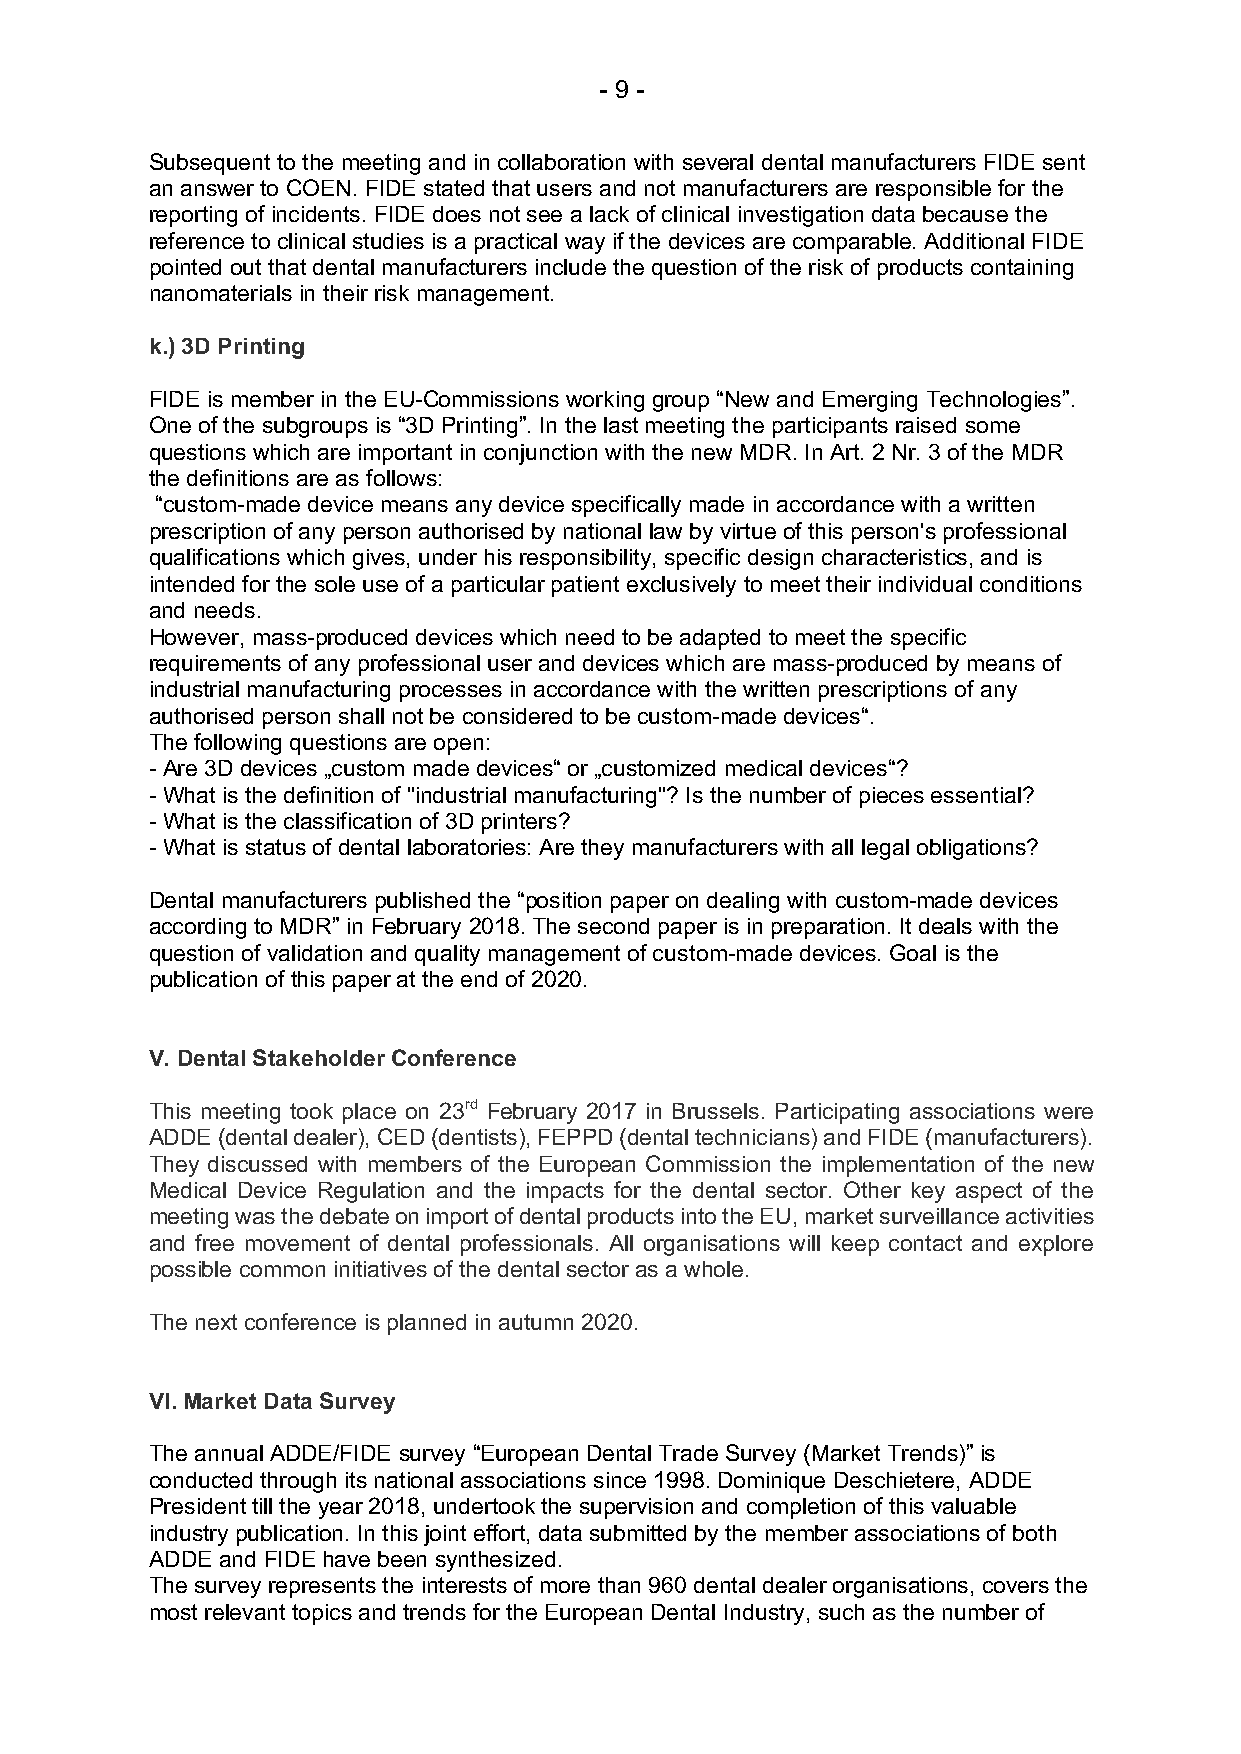
- 9 -
 Subsequent to the meeting and in collaboration with several dental manufacturers FIDE sent
 an answer to COEN. FIDE stated that users and not manufacturers are responsible for the
 reporting of incidents. FIDE does not see a lack of clinical investigation data because the
 reference to clinical studies is a practical way if the devices are comparable. Additional FIDE
 pointed out that dental manufacturers include the question of the risk of products containing
 nanomaterials in their risk management.
 k.) 3D Printing
 FIDE is member in the EU-Commissions working group “New and Emerging Technologies”.
 One of the subgroups is “3D Printing”. In the last meeting the participants raised some
 questions which are important in conjunction with the new MDR. In Art. 2 Nr. 3 of the MDR
 the definitions are as follows:
 “custom-made device means any device specifically made in accordance with a written
 prescription of any person authorised by national law by virtue of this person's professional
 qualifications which gives, under his responsibility, specific design characteristics, and is
 intended for the sole use of a particular patient exclusively to meet their individual conditions
 and needs.
 However, mass-produced devices which need to be adapted to meet the specific
 requirements of any professional user and devices which are mass-produced by means of
 industrial manufacturing processes in accordance with the written prescriptions of any
 authorised person shall not be considered to be custom-made devices“.
 The following questions are open:
 - Are 3D devices „custom made devices“ or „customized medical devices“?
 - What is the definition of "industrial manufacturing"? Is the number of pieces essential?
 - What is the classification of 3D printers?
 - What is status of dental laboratories: Are they manufacturers with all legal obligations?
 Dental manufacturers published the “position paper on dealing with custom-made devices
 according to MDR” in February 2018. The second paper is in preparation. It deals with the
 question of validation and quality management of custom-made devices. Goal is the
 publication of this paper at the end of 2020.
 V. Dental Stakeholder Conference
 This meeting took place on 23rd February 2017 in Brussels. Participating associations were
 ADDE (dental dealer), CED (dentists), FEPPD (dental technicians) and FIDE (manufacturers).
 They discussed with members of the European Commission the implementation of the new
 Medical Device Regulation and the impacts for the dental sector. Other key aspect of the
 meeting was the debate on import of dental products into the EU, market surveillance activities
 and free movement of dental professionals. All organisations will keep contact and explore
 possible common initiatives of the dental sector as a whole.
 The next conference is planned in autumn 2020.
 VI. Market Data Survey
 The annual ADDE/FIDE survey “European Dental Trade Survey (Market Trends)” is
 conducted through its national associations since 1998. Dominique Deschietere, ADDE
 President till the year 2018, undertook the supervision and completion of this valuable
 industry publication. In this joint effort, data submitted by the member associations of both
 ADDE and FIDE have been synthesized.
 The survey represents the interests of more than 960 dental dealer organisations, covers the
 most relevant topics and trends for the European Dental Industry, such as the number of